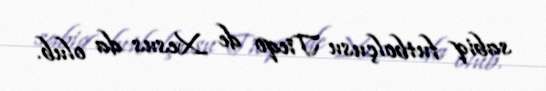
sabiq futbolçusu Tieqo de Xesus da olub.